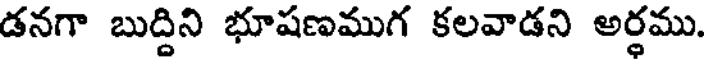
డనగా బుద్దిని భూషణముగ కలవాడని అర్థము.